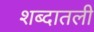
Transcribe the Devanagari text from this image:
शब्दातली